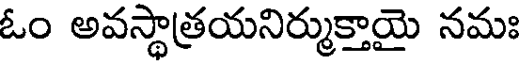
ఓం అవస్థాత్రయనిర్ముక్తాయై నమః